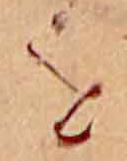
を